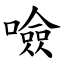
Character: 噞